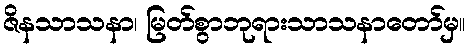
ဇိနသာသနာ၊ မြတ်စွာဘုရားသာသနာတော်မှ။